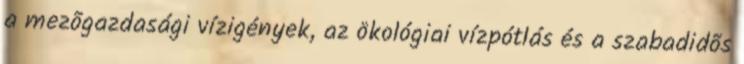
a mezõgazdasági vízigények, az ökológiai vízpótlás és a szabadidõs